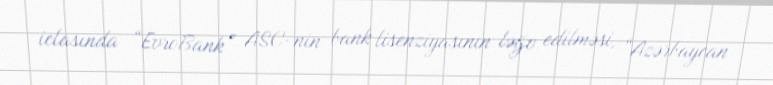
iclasında “EvroBank” ASC-nin bank lisenziyasının ləğv edilməsi, “Azərbaycan